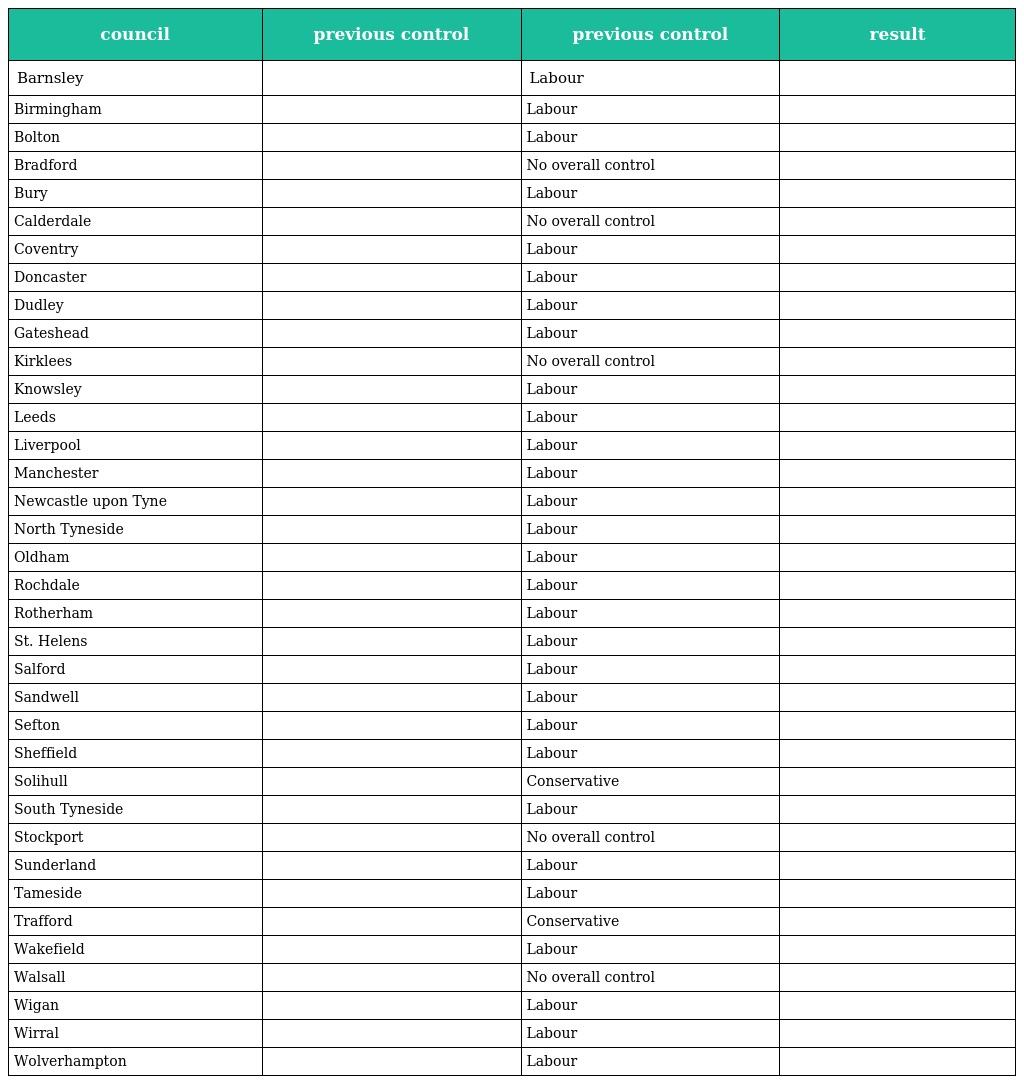
| council | previous control | previous control | result |
 | --- | --- | --- | --- |
 | Barnsley |  | Labour |  |
 | Birmingham |  | Labour |  |
 | Bolton |  | Labour |  |
 | Bradford |  | No overall control |  |
 | Bury |  | Labour |  |
 | Calderdale |  | No overall control |  |
 | Coventry |  | Labour |  |
 | Doncaster |  | Labour |  |
 | Dudley |  | Labour |  |
 | Gateshead |  | Labour |  |
 | Kirklees |  | No overall control |  |
 | Knowsley |  | Labour |  |
 | Leeds |  | Labour |  |
 | Liverpool |  | Labour |  |
 | Manchester |  | Labour |  |
 | Newcastle upon Tyne |  | Labour |  |
 | North Tyneside |  | Labour |  |
 | Oldham |  | Labour |  |
 | Rochdale |  | Labour |  |
 | Rotherham |  | Labour |  |
 | St. Helens |  | Labour |  |
 | Salford |  | Labour |  |
 | Sandwell |  | Labour |  |
 | Sefton |  | Labour |  |
 | Sheffield |  | Labour |  |
 | Solihull |  | Conservative |  |
 | South Tyneside |  | Labour |  |
 | Stockport |  | No overall control |  |
 | Sunderland |  | Labour |  |
 | Tameside |  | Labour |  |
 | Trafford |  | Conservative |  |
 | Wakefield |  | Labour |  |
 | Walsall |  | No overall control |  |
 | Wigan |  | Labour |  |
 | Wirral |  | Labour |  |
 | Wolverhampton |  | Labour |  |